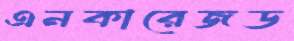
এনকারেজড